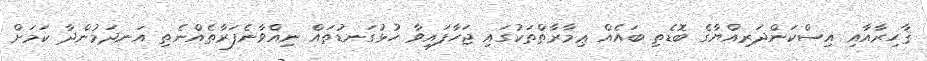
ޤާހިރާއާއި އިސްކަންދަރިއްޔާގެ ބޮޑެތި ބައެއް ޢިމާރާތްތަކުގައި ޖަހާފައިވާ ހުޅުގަނޑުތައް ނިއްވާނެފަރާތެއްނެތި އަނދަމުންދާ ކަމަށް